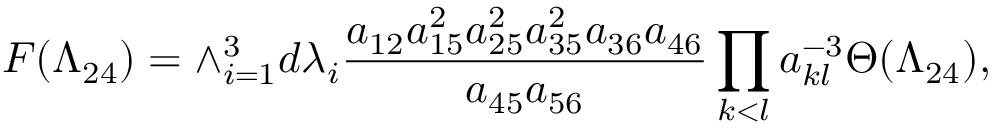
{ \cal F } ( \Lambda _ { 2 4 } ) = \wedge _ { i = 1 } ^ { 3 } d \lambda _ { i } \frac { a _ { 1 2 } a _ { 1 5 } ^ { 2 } a _ { 2 5 } ^ { 2 } a _ { 3 5 } ^ { 2 } a _ { 3 6 } a _ { 4 6 } } { a _ { 4 5 } a _ { 5 6 } } \prod _ { k < l } a _ { k l } ^ { - 3 } \Theta ( \Lambda _ { 2 4 } ) ,